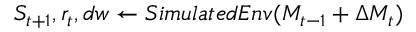
S _ { t + 1 } , r _ { t } , d w \leftarrow S i m u l a t e d E n v ( M _ { t - 1 } + \Delta M _ { t } )